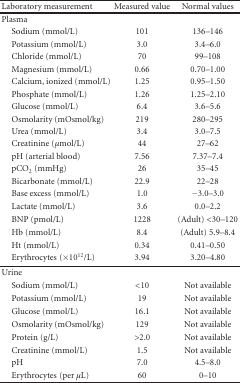
| Laboratory measurement | Measured value | Normal values |
 | --- | --- | --- |
 | Plasma |  |  |
 | Sodium (mmol/L) | 101 | 136–146 |
 | Potassium (mmol/L) | 3.0 | 3.4–6.0 |
 | Chloride (mmol/L) | 70 | 99–108 |
 | Magnesium (mmol/L) | 0.66 | 0.70–1.00 |
 | Calcium, ionized (mmol/L) | 1.25 | 0.95–1.50 |
 | Phosphate (mmol/L) | 1.26 | 1.25–2.10 |
 | Glucose (mmol/L) | 6.4 | 3.6–5.6 |
 | Osmolarity (mOsmol/kg) | 219 | 280–295 |
 | Urea (mmol/L) | 3.4 | 3.0–7.5 |
 | Creatinine (μmol/L) | 44 | 27–62 |
 | pH (arterial blood) | 7.56 | 7.37–7.4 |
 | pCO2 (mmHg) | 26 | 35–45 |
 | Bicarbonate (mmol/L) | 22.9 | 22–28 |
 | Base excess (mmol/L) | 1.0 | −3.0–3.0 |
 | Lactate (mmol/L) | 3.6 | 0.0–2.2 |
 | BNP (pmol/L) | 1228 | (Adult) <30–120 |
 | Hb (mmol/L) | 8.4 | (Adult) 5.9–8.4 |
 | Ht (mmol/L) | 0.34 | 0.41–0.50 |
 | Erythrocytes (×1012/L) | 3.94 | 3.20–4.80 |
 | Urine |  |  |
 | Sodium (mmol/L) | <10 | Not available |
 | Potassium (mmol/L) | 19 | Not available |
 | Glucose (mmol/L) | 16.1 | Not available |
 | Osmolarity (mOsmol/kg) | 129 | Not available |
 | Protein (g/L) | >2.0 | Not available |
 | Creatinine (mmol/L) | 1.5 | Not available |
 | pH | 7.0 | 4.5–8.0 |
 | Erythrocytes (per μL) | 60 | 0–10 |